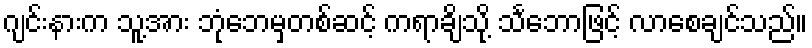
ဂျင်းနားက သူ့အား ဘုံဘေမှတစ်ဆင့် ကရာချိသို့ သင်္ဘောဖြင့် လာစေချင်သည်။